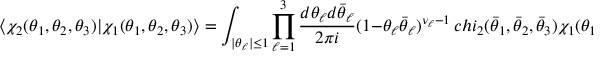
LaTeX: \langle \chi _ { 2 } ( \theta _ { 1 } , \theta _ { 2 } , \theta _ { 3 } ) | \chi _ { 1 } ( \theta _ { 1 } , \theta _ { 2 } , \theta _ { 3 } ) \rangle = \int _ { | \theta _ { \ell } | \leq 1 } \prod _ { \ell = 1 } ^ { 3 } \frac { d \theta _ { \ell } d \bar { \theta } _ { \ell } } { 2 \pi i } ( 1 - \theta _ { \ell } \bar { \theta } _ { \ell } ) ^ { \nu _ { \ell } - 1 } \, c h i _ { 2 } ( \bar { \theta } _ { 1 } , \bar { \theta } _ { 2 } , \bar { \theta } _ { 3 } ) \chi _ { 1 } ( \theta _ { 1 } , \theta _ { 2 } , \theta _ { 3 } ) .